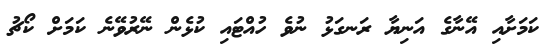
ކަމަށާއި އޭނާގެ އަނިޔާ ރަނގަޅު ނުވެ ހުއްޓައި ކުޅެން ނޭރުވޭނެ ކަމަށް ކޯޗު